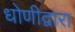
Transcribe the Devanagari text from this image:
धोणीद्वारा